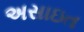
અસાઇત